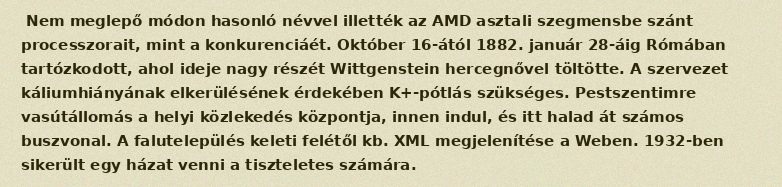
Nem meglepő módon hasonló névvel illették az AMD asztali szegmensbe szánt processzorait, mint a konkurenciáét. Október 16-ától 1882. január 28-áig Rómában tartózkodott, ahol ideje nagy részét Wittgenstein hercegnővel töltötte. A szervezet káliumhiányának elkerülésének érdekében K+-pótlás szükséges. Pestszentimre vasútállomás a helyi közlekedés központja, innen indul, és itt halad át számos buszvonal. A falutelepülés keleti felétől kb. XML megjelenítése a Weben. 1932-ben sikerült egy házat venni a tiszteletes számára.